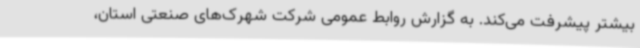
بیشتر پیشرفت می‌کند. به گزارش روابط عمومی شرکت شهرک‌های صنعتی استان،